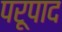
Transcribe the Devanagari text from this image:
परूपाद